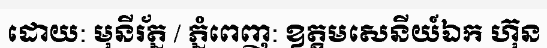
ដោយ: មុនីរ័ត្ន / ភ្នំពេញ: ឧត្តមសេនីយ៍ឯក ហ៊ុន